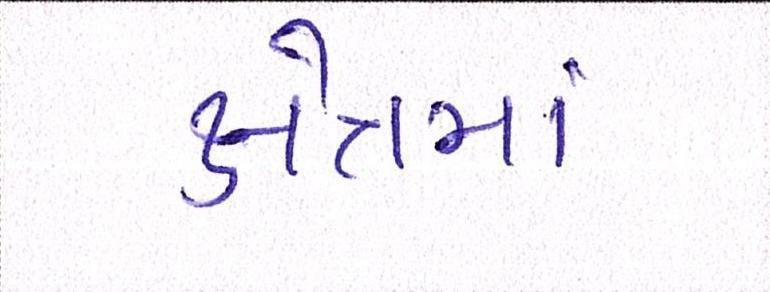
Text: ક્ષેત્રમાં